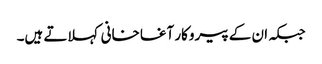
جبکہ ان کے پیروکار آغا خانی کہلاتے ہیں۔